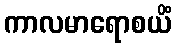
ကာလမာရောစယိံ